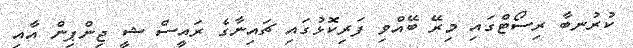
ކުރުނބާ ރިސޯޓްގައި މިރޭ ބޭއްވި ފަރިކޮޅުގައި ޗައިނާގެ ރައީސް ޝީ ޖިންޕިން އާއި